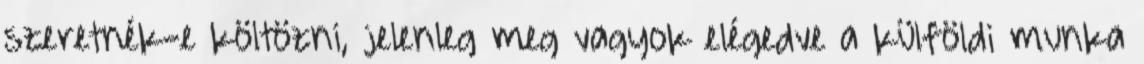
szeretnék-e költözni, jelenleg meg vagyok elégedve a külföldi munka